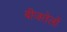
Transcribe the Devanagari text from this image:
बीजतेलों